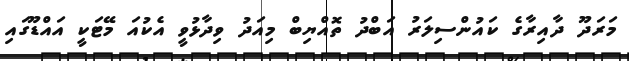
މަރަދޫ ދާއިރާގެ ކައުންސިލަރު އަބްދު ތޮއްޔިބް މިއަދު ވިދާޅުވީ އެކުއަ މޭޓަކީ އައްޑޫގައި